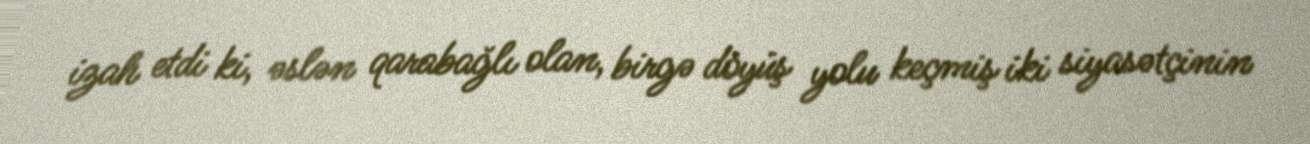
izah etdi ki, əslən qarabağlı olan, birgə döyüş yolu keçmiş iki siyasətçinin